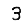
Digit: 3